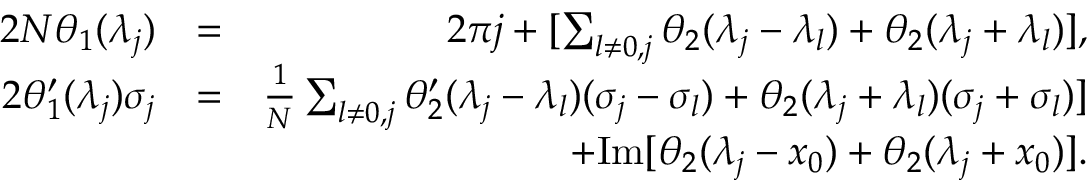
\begin{array} { r l r } { 2 N \theta _ { 1 } ( \lambda _ { j } ) } & { = } & { 2 \pi j + [ \sum _ { l \neq 0 , j } \theta _ { 2 } ( \lambda _ { j } - \lambda _ { l } ) + \theta _ { 2 } ( \lambda _ { j } + \lambda _ { l } ) ] , } \\ { 2 \theta _ { 1 } ^ { \prime } ( \lambda _ { j } ) \sigma _ { j } } & { = } & { \frac { 1 } { N } \sum _ { l \neq 0 , j } \theta _ { 2 } ^ { \prime } ( \lambda _ { j } - \lambda _ { l } ) ( \sigma _ { j } - \sigma _ { l } ) + \theta _ { 2 } ( \lambda _ { j } + \lambda _ { l } ) ( \sigma _ { j } + \sigma _ { l } ) ] } \\ & { } & { + \mathrm { I m } [ \theta _ { 2 } ( \lambda _ { j } - x _ { 0 } ) + \theta _ { 2 } ( \lambda _ { j } + x _ { 0 } ) ] . } \end{array}